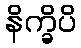
နိက္ခိပိ